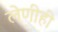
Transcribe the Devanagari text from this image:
लेणीही